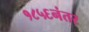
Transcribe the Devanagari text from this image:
१८५६नंतर